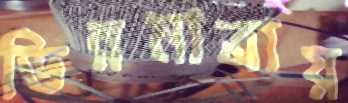
ভিন্নমাত্রায়